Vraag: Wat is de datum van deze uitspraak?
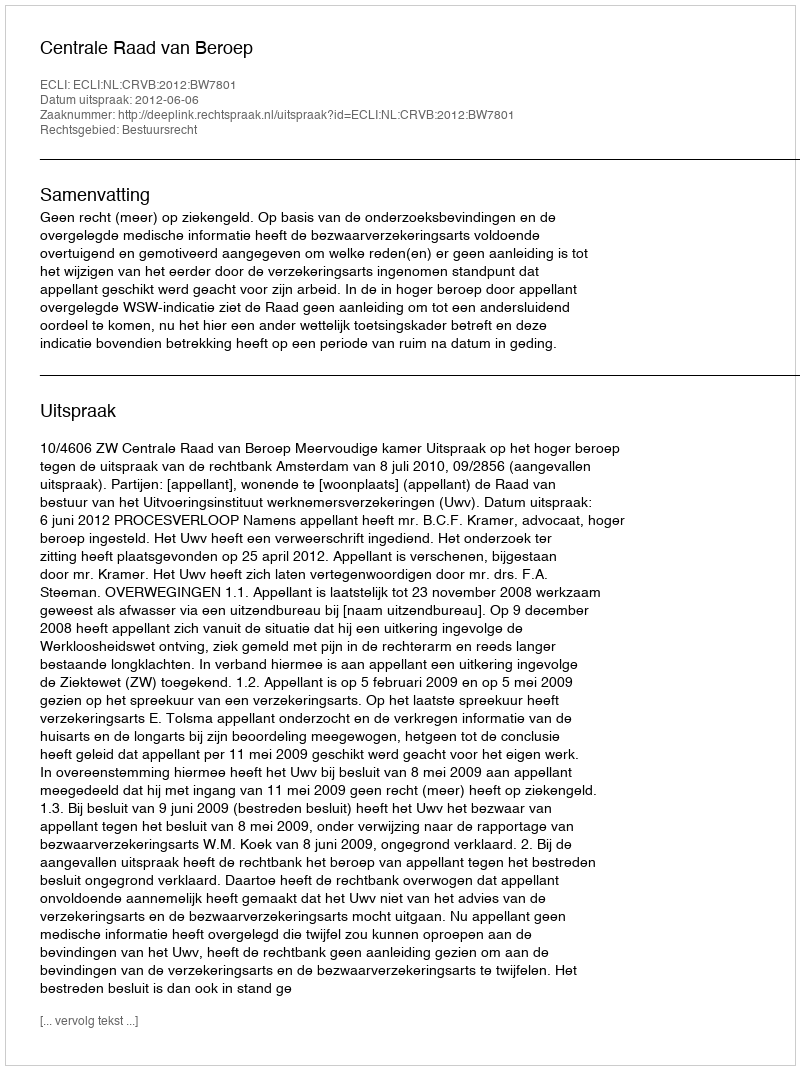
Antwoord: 2012-06-06